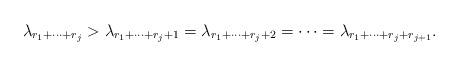
LaTeX: \begin{align*}\lambda_{r_1+\cdots+r_j} > \lambda_{r_1+\cdots+r_j+1} = \lambda_{r_1 + \cdots + r_j + 2} = \cdots = \lambda_{r_1 + \cdots + r_j + r_{j+1}}.\end{align*}